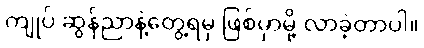
ကျုပ် ဆွန်ညာနဲ့တွေ့ရမှ ဖြစ်မှာမို့ လာခဲ့တာပါ။